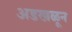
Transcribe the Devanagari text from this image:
अडखळून